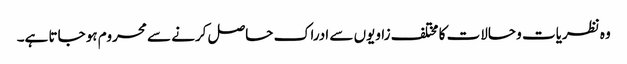
وہ نظریات و حالات کا مختلف زاویوں سے ادراک حاصل کرنے سے محروم ہو جاتا ہے۔